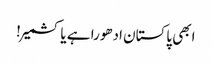
ابھی پاکستان ادھورا ہے یا کشمیر!